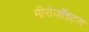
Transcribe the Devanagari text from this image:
मीरोज़ॉइट्स